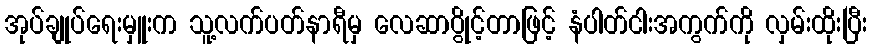
အုပ်ချုပ်ရေးမှူးက သူ့လက်ပတ်နာရီမှ လေဆာပွိုင့်တာဖြင့် နံပါတ်ငါးအကွက်ကို လှမ်းထိုးပြီး